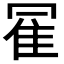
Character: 𱁇